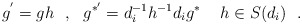
\begin{align*}g^{'}=gh\ \ ,\ \ g^{*'}=d_{i}^{-1}h^{-1}d_{i}g^{*}\ \,\ \ h\in S(d_{i}) \ \ .\end{align*}